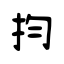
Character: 抣